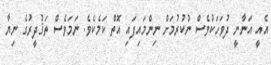
އެއީ އަނާނީ ދުވަހަކުވެސް ނުކުރުމަށް ނިންމައިފައި އޮތް ކަމެކެވެ. ނަމަވެސް ތަޤުދީރުގެ ނިޔާ